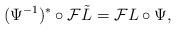
LaTeX: \begin{align*}(\Psi^{-1})^* \circ {\mathcal F}\tilde{L} = {\mathcal F}L \circ \Psi,\end{align*}